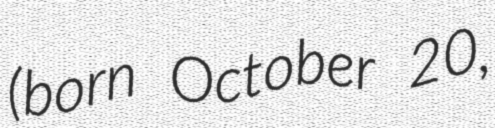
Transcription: (born October 20,